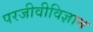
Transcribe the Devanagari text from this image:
परजीवीविज्ञान